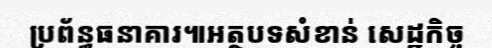
ប្រព័ន្ធធនាគារ៕អត្ថបទសំខាន់ សេដ្ឋកិច្ច